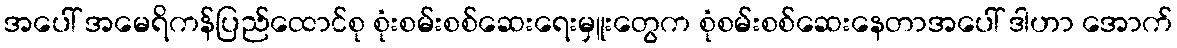
အပေါ် အမေရိကန်ပြည်ထောင်စု စုံးစမ်းစစ်ဆေးရေးမှူးတွေက စုံစမ်းစစ်ဆေးနေတာအပေါ် ဒါဟာ အောက်